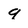
Character: 9